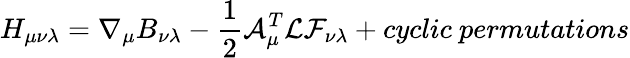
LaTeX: {H}_{\mu\nu\lambda}=\nabla_{\mu}{B}_{\nu\lambda}-\frac{1}{2}{\cal A}_{\mu}^{T}{\cal L}{\cal F}_{\nu\lambda}+cyclic~permutations